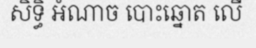
សិទ្ធិ អំណាច បោះឆ្នោត លើ